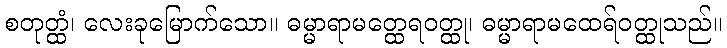
စတုတ္ထံ၊ လေးခုမြောက်သော။ ဓမ္မာရာမတ္ထေရဝတ္ထု၊ ဓမ္မာရာမထေရ်ဝတ္ထုသည်။